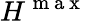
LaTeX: H^{\mathrm{~m~a~x~}}